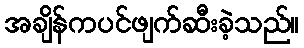
အချိန်ကပင်ဖျက်ဆီးခဲ့သည်။